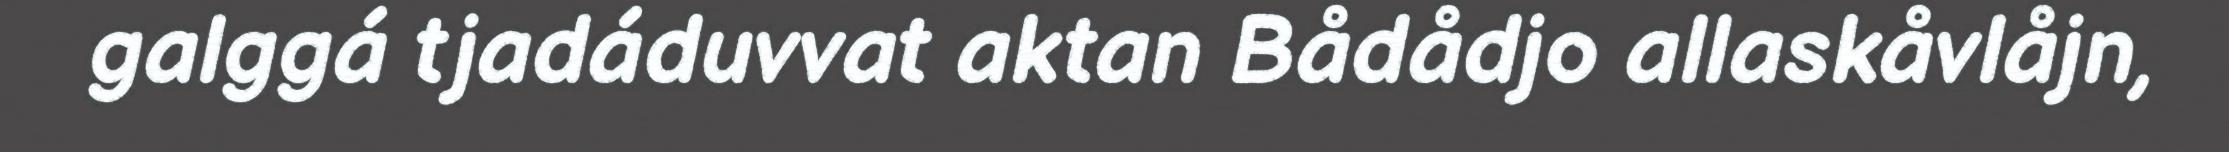
galggá tjadáduvvat aktan Bådådjo allaskåvlåjn,